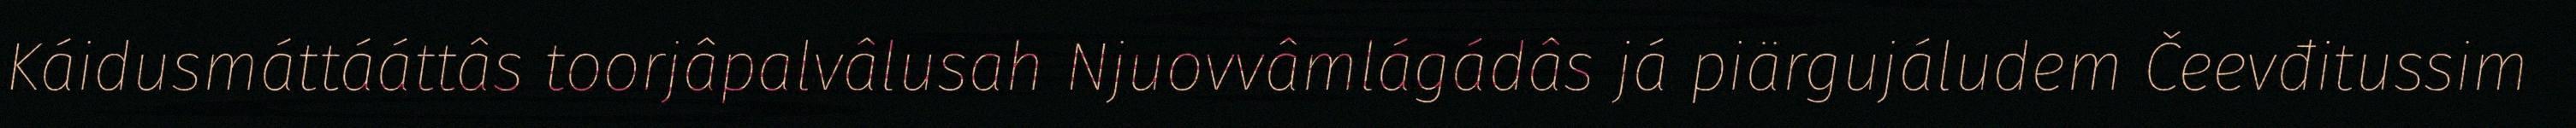
Káidusmáttááttâs toorjâpalvâlusah Njuovvâmlágádâs já piärgujáludem Čeevđitussim